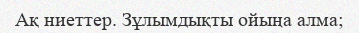
Ақ ниеттер. Зұлымдықты ойыңа алма;